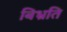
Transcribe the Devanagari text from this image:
बिभ्रति